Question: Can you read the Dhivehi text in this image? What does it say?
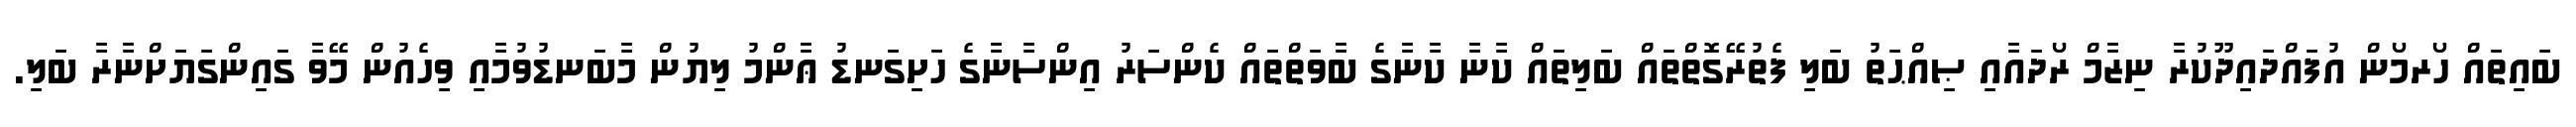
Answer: ބައިތައް ހޯރމޯން އުފައްދައިދޫކުރާ ނިޒާމް ރޯދައާއި ޞިއްޙަތު ބަލި ފެތުރޭގޮތްތައް ބަލިތައް ކާނާ ކާނާގެ ބާވަތްތައް ކެންސަރު އިންސާނާގެ ހަށިގަނޑު ޢާންމު ލިޔުން މާބަނޑުވުމާއި ވިހެއުން މޭވާ ގައިންގަޔަށްނާރާ ބަލި.